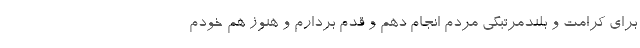
برای کرامت و بلندمرتبگی مردم انجام دهم و قدم بردارم و هنوز هم خودم